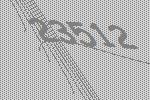
23512